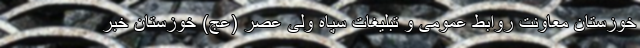
خوزستان معاونت روابط عمومی و تبلیغات سپاه ولی عصر (عج) خوزستان خبر